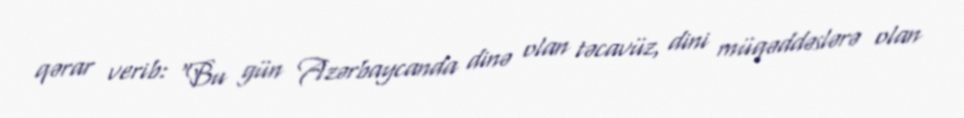
qərar verib: “Bu gün Azərbaycanda dinə olan təcavüz, dini müqəddəslərə olan